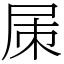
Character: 㞖